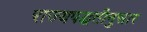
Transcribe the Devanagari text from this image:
राज्यपद्धतीनुसार